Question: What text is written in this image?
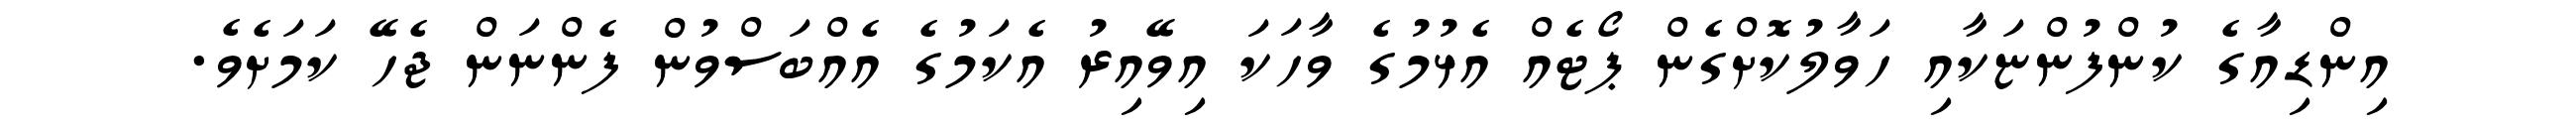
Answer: އިންޑިއާގެ ކުންފުންޏަކާއި ހަވާލުކޮށްގެން ޕޯޓެއް އެޅުމުގެ ވާހަކަ އިވޭއިރު އެކަމުގެ އެއްބަސްވުން ފެންނަން ޖެހޭ ކަމަށެވެ.